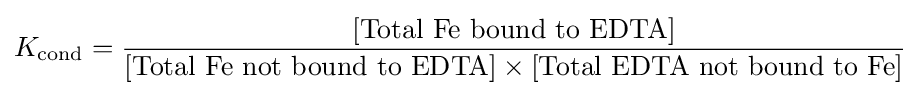
K_{\mathrm {cond} }={\frac {[{\mbox{Total Fe bound to EDTA}}]}{[{\mbox{Total Fe not bound to EDTA}}]\times [{\mbox{Total EDTA not bound to Fe}}]}}